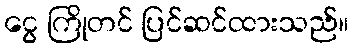
ငွေ ကြိုတင် ပြင်ဆင်ထားသည်။